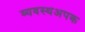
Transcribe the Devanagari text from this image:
व्यवस्थअपक